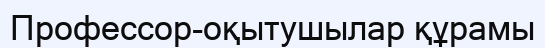
Профессор-оқытушылар құрамы